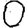
Digit: 0